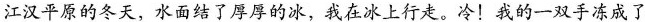
江汉平原的冬天，水面结了厚厚的冰，我在冰上行走。冷！我的一双手冻成了